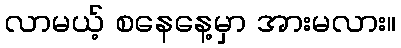
လာမယ့် စနေနေ့မှာ အားမလား။